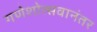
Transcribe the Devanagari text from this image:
गणेशोत्सवानंतर